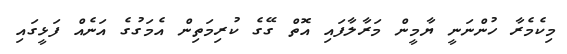
މިކެމެރާ ހުންނަނީ ޔާމީން މަރާލާފައި އޮތް ގޭގެ ކުރިމަތިން އެމަގުގެ އަނެއް ފަޅީގައި